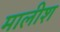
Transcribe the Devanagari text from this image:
मालीश